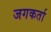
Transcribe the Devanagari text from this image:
जगकर्ता